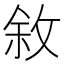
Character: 敘